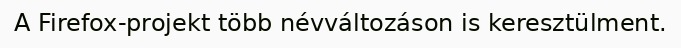
A Firefox-projekt több névváltozáson is keresztülment.